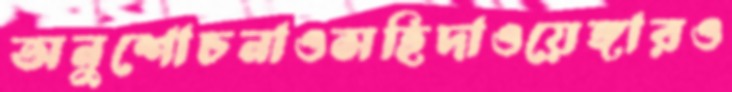
অনুশোচনাওসহিদাওয়েঙ্গারও